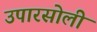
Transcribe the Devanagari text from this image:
उपारसोली